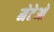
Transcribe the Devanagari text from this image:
मेटेओ